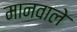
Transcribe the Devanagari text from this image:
मानवाले